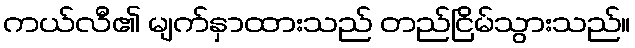
ကယ်လီ၏ မျက်နှာထားသည် တည်ငြိမ်သွားသည်။